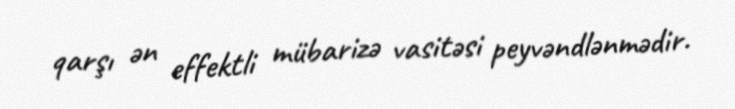
qarşı ən effektli mübarizə vasitəsi peyvəndlənmədir.